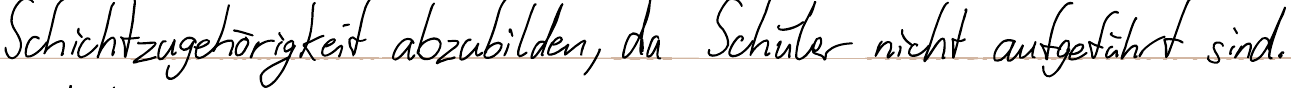
Schichtzugehörigkeit abzubilden, da Schüler nicht aufgeführt sind.